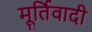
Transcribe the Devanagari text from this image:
मूर्तिवादी